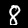
Label: 8